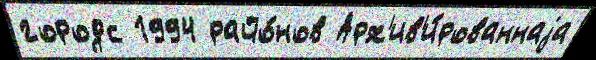
городс 1994 райо́нов Арх'ив'и́рованнаjа